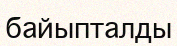
байыпталды